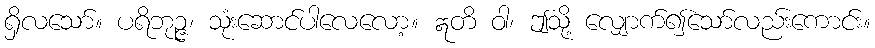
ရှိလသော်။ ပရိဘုဉ္ဇ၊ သုံးဆောင်ပါလေလော့။ ဣတိ ဝါ၊ ဤသို့ လျှောက်၍သော်လည်းကောင်း။